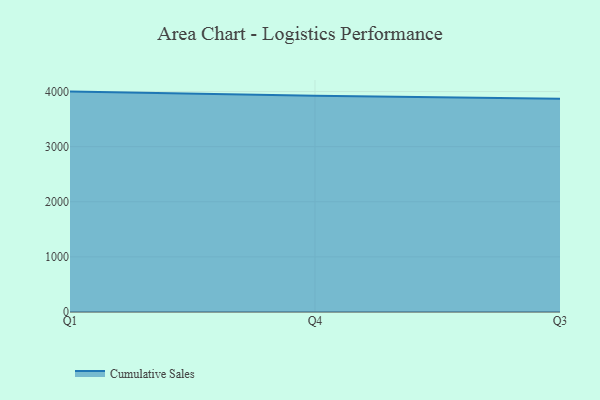
{"axis": {"x": "Quarter", "y": "Bounce Rate (%)"}, "legend": ["Cumulative Sales"], "data": [{"x": "Q1", "y": 3998.9, "type": "Cumulative Sales"}, {"x": "Q4", "y": 3923.0, "type": "Cumulative Sales"}, {"x": "Q3", "y": 3869.4, "type": "Cumulative Sales"}]}